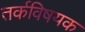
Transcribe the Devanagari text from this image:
तर्कविषयक